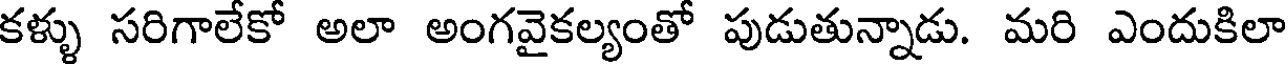
కళ్ళు సరిగాలేకో అలా అంగవైకల్యంతో పుడుతున్నాడు. మరి ఎందుకిలా